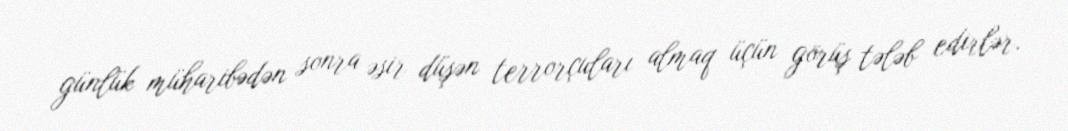
günlük müharibədən sonra əsir düşən terrorçuları almaq üçün görüş tələb edirlər.